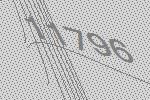
11796